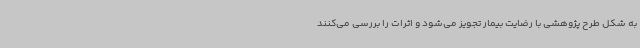
به شکل طرح پژوهشی با رضایت بیمار تجویز می‌شود و اثرات را بررسی می‌کنند